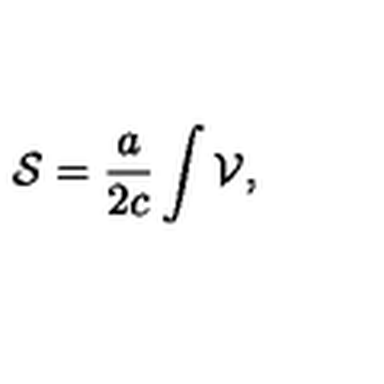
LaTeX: { \cal S } = \frac { a } { 2 c } \int { \cal V } ,